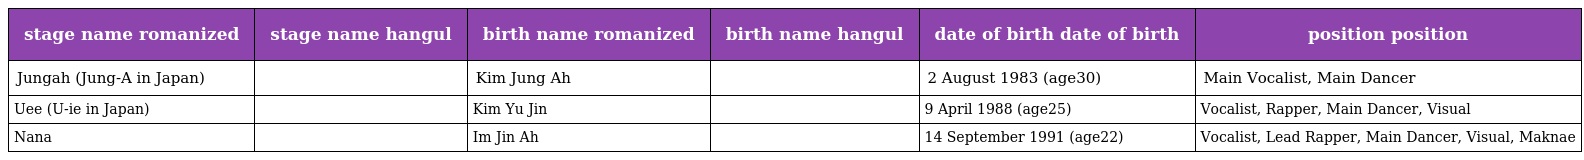
| stage name romanized | stage name hangul | birth name romanized | birth name hangul | date of birth date of birth | position position |
 | --- | --- | --- | --- | --- | --- |
 | Jungah (Jung-A in Japan) | 정아 | Kim Jung Ah | 김정아 | 2 August 1983 (age30) | Main Vocalist, Main Dancer |
 | Uee (U-ie in Japan) | 유이 | Kim Yu Jin | 김유진 | 9 April 1988 (age25) | Vocalist, Rapper, Main Dancer, Visual |
 | Nana | 나나 | Im Jin Ah | 임진아 | 14 September 1991 (age22) | Vocalist, Lead Rapper, Main Dancer, Visual, Maknae |